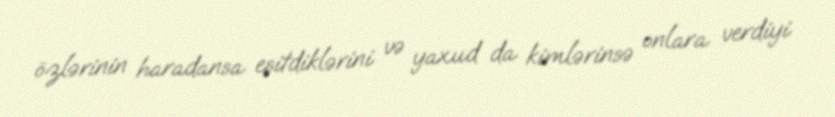
özlərinin haradansa eşitdiklərini və yaxud da kimlərinsə onlara verdiyi